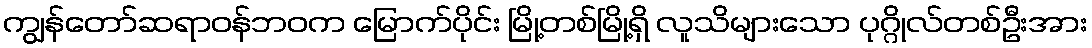
ကျွန်တော်ဆရာဝန်ဘဝက မြောက်ပိုင်း မြို့တစ်မြို့ရှိ လူသိများသော ပုဂ္ဂိုလ်တစ်ဦးအား